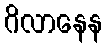
ဂိလာနေန